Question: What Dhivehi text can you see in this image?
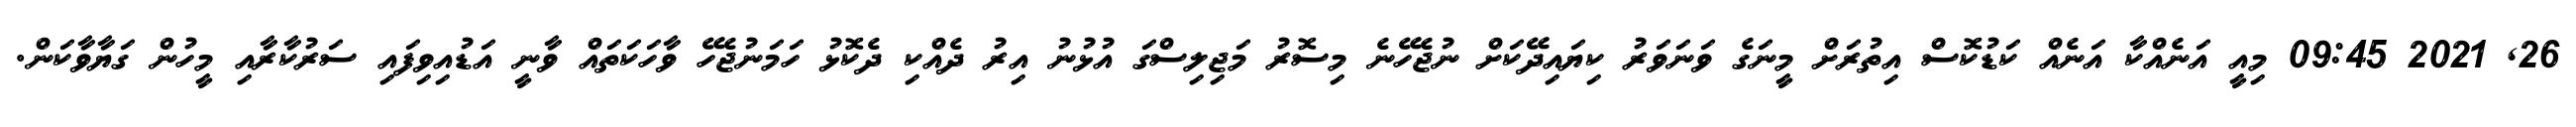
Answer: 26, 2021 09:45 މިއީ އަނެއްކާ އަނެއް ކަޑުކޮސް އިތުރަށް މީނަގެ ވަނަވަރު ކިޔައިދޭކަށް ނުޖެހޭނެ މިސޮރު މަޖިލިސްގަ އުޅުނު އިރު ދެއްކި ދެކޮޅު ހަމަނުޖެހޭ ވާހަކަތައް ވާނީ އަޑުއިވިފައި ސަރުކާރާއި މީހުން ގަޔާވާކަން.